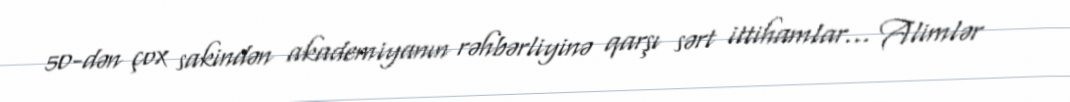
50-dən çox sakindən akademiyanın rəhbərliyinə qarşı sərt ittihamlar... Alimlər